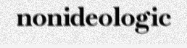
nonideologic